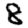
Digit: 8